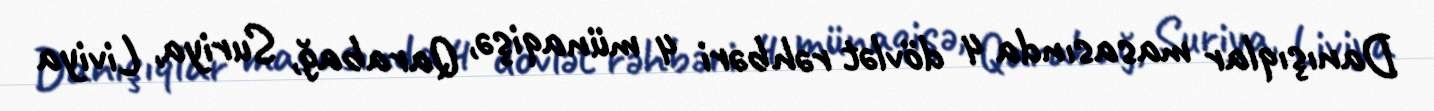
Danışıqlar masasında 4 dövlət rəhbəri 4 münaqişə, Qarabağ, Suriya, Liviya